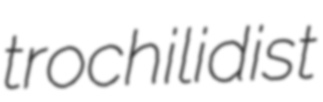
trochilidist